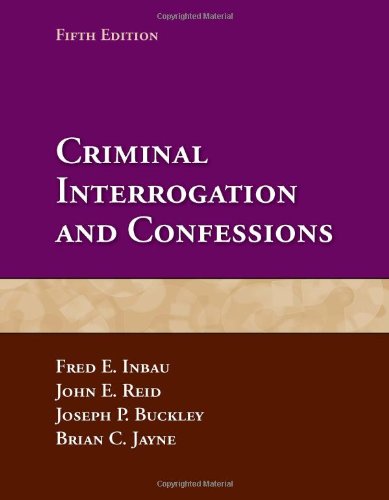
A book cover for Criminal Interrogation And Confessions; Fred E. Inbau; Law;